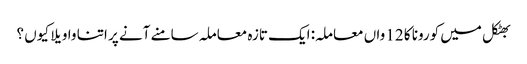
بھٹکل میں کورونا کا 12 واں معاملہ: ایک تازہ معاملہ سامنے آنے پر اتنا واویلا کیوں ؟